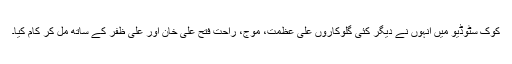
کوک سٹوڈیو میں انہوں نے دیگر کئی گلوکاروں علی عظمت، موج، راحت فتح علی خان اور علی ظفر کے ساتھ مل کر کام کیا۔